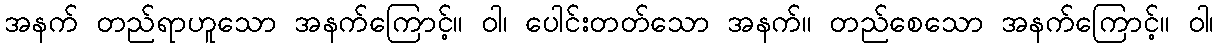
အနက် တည်ရာဟူသော အနက်ကြောင့်။ ဝါ၊ ပေါင်းတတ်သော အနက်။ တည်စေသော အနက်ကြောင့်။ ဝါ၊